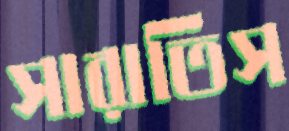
সারাতিস